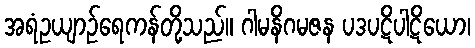
အရံဥယျာဉ်ရေကန်တို့သည်။ ဂါမနိဂမဇန ပဒပဋိပါဋိယော၊